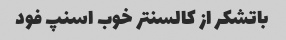
باتشکر از کالسنتر خوب اسنپ فود